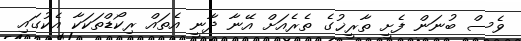
ވެސް ބުނަން ފެށީ ތާރީޚުގެ ތެރެއަށް އޭނާ ދާނީ އެތައް ރިކޯޑްތަކަކާ އެކުގައި